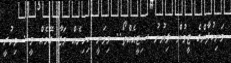
މަނިކުފާުންގެ ޓީމުން ލިޔުނު ސިޓީއެއްތޯ.. މިވަނީ ކިހިނެއް މަޖާ ގޭމެއް މީ.. މިހުރީ